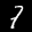
Label: 7